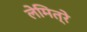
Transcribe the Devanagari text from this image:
लेमित्रे